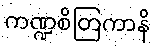
ကဏ္ဍစိတြကာနိ